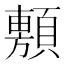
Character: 𮨗